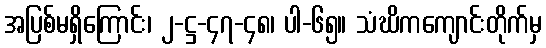
အပြစ်မရှိကြောင်း၊ ၂-ဋ္ဌ-၄၇-၄၈၊ ပါ-၆၅။ သံဃိကကျောင်းတိုက်မှ